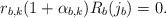
LaTeX: \begin{align*} r_{b,k}(1 + \alpha _{b,k}) R_b (j_b) = 0.\end{align*}